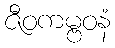
ဇီဝကမ္ဗဝနံ